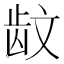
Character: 𱌪